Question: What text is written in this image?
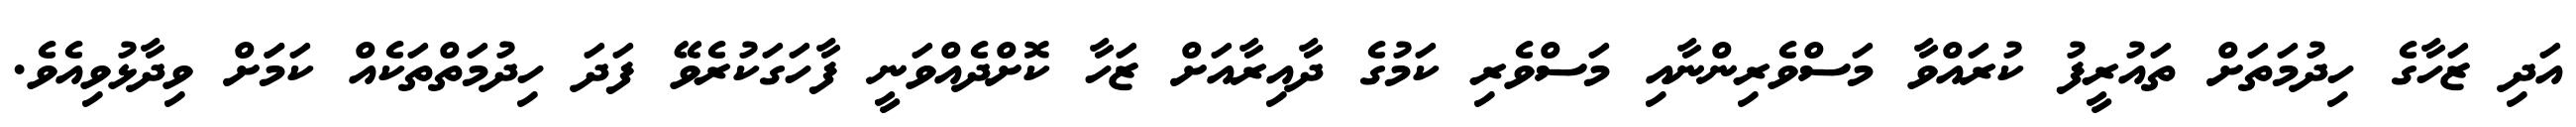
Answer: އަދި ޒަހާގެ ހިދުމަތަށް ތައުރީފު ކުރައްވާ މަސްވެރިންނާއި މަސްވެރި ކަމުގެ ދާއިރާއަށް ޒަހާ ކޮށްދެއްވަނީ ފާހަގަކުރެވޭ ފަދަ ހިދުމަތްތަކެއް ކަމަަށް ވިދާޅުވިއެވެ.